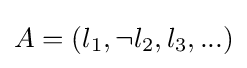
A=(l_{1},\neg l_{2},l_{3},...)